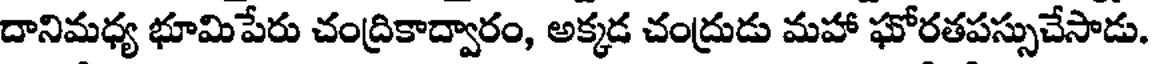
దానిమధ్య భూమిపేరు చంద్రికాద్వారం, అక్కడ చంద్రుడు మహా ఘోరతపస్సుచేసాడు.